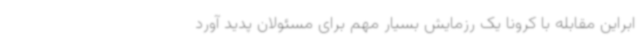
ابراین مقابله با کرونا یک رزمایش بسیار مهم برای مسئولان پدید آورد